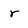
Character: r